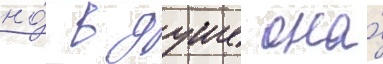
но́ в душе она́